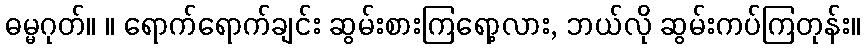
ဓမ္မဂုတ်။ ။ ရောက်ရောက်ချင်း ဆွမ်းစားကြရော့လား, ဘယ်လို ဆွမ်းကပ်ကြတုန်း။